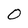
Character: O